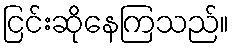
ငြင်းဆိုနေကြသည်။